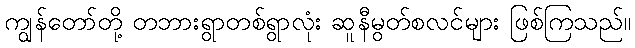
ကျွန်တော်တို့ တဘားရွာတစ်ရွာလုံး ဆူနီမွတ်စလင်များ ဖြစ်ကြသည်။